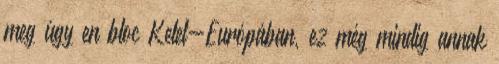
meg úgy en bloc Kelet-Európában, ez még mindig annak